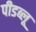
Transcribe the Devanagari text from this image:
पीडब्लू